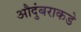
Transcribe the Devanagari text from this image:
औदुंबराकडे